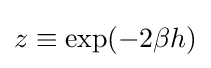
z\equiv \exp(-2\beta h)